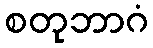
စတုဘာဂံ